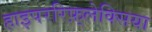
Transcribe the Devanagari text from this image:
हाइपररिफ़्लेक्सिया